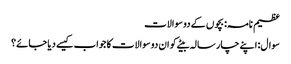
عظیم نامہ: بچوں کے دو سوالات
سوال: اپنے چار سالہ بیٹے کو ان دو سوالات کا جواب کیسے دیا جائے؟